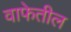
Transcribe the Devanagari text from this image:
वाफेतील